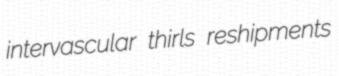
intervascular thirls reshipments